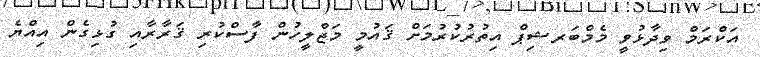
އަކްރަމް ވިދާޅުވީ މެމްބަރޝިޕް އިތުރުކުރުމަށް ޤައުމީ މަޖްލީހުން ފާސްކުރި ޤަރާރާއި ގުޅިގެން އިއްޔެ